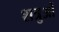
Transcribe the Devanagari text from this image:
शत्रुओें